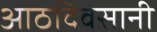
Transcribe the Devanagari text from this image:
आठदिवसानी